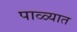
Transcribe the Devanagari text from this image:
पाळ्यात